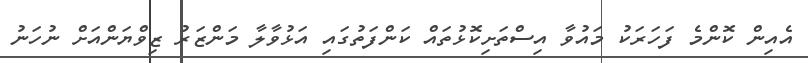
އެއިން ކޮންމެ ފަހަރަކު މައުވާ އިސްތަށިކޮޅުތައް ކަންފަތުގައި އަޅުވާލާ މަންޒަރު ޒިވްޔަންއަށް ނުހަނު